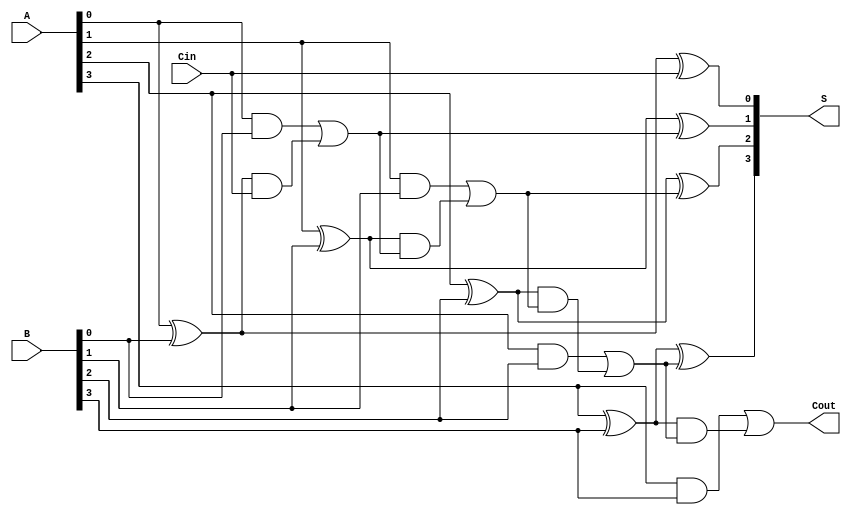
module CILA #(parameter n = 4) (
    input [n-1:0] A,      // n-bit input A
    input [n-1:0] B,      // n-bit input B
    input Cin,            // Carry-in
    output [n-1:0] S,     // n-bit sum output
    output Cout           // Carry-out
);

    // Generate and Propagate signals
    wire [n-1:0] G; // Generate signals
    wire [n-1:0] P; // Propagate signals
    wire [n:0] C;   // Carry signals

    // Generate and Propagate logic
    genvar i;
    generate
        for (i = 0; i < n; i = i + 1) begin : gen_prop
            assign G[i] = A[i] & B[i]; // Generate
            assign P[i] = A[i] ^ B[i]; // Propagate
        end
    endgenerate

    // Carry generation
    assign C[0] = Cin; // Initial carry-in

    generate
        for (i = 1; i <= n; i = i + 1) begin : carry_gen
            assign C[i] = G[i-1] | (P[i-1] & C[i-1]);
        end
    endgenerate

    // Sum calculation
    generate
        for (i = 0; i < n; i = i + 1) begin : sum_calc
            assign S[i] = P[i] ^ C[i]; // Sum
        end
    endgenerate

    // Carry-out
    assign Cout = C[n]; // Final carry-out

endmodule